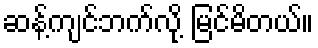
ဆန့်ကျင်ဘက်လို့ မြင်မိတယ်။